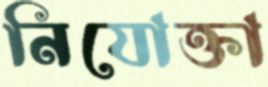
নিযোক্তা